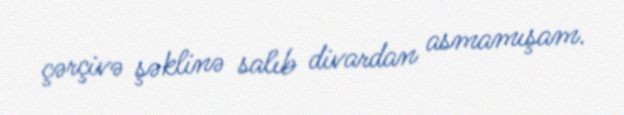
çərçivə şəklinə salıb divardan asmamışam.